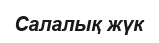
Салалық жүк